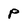
Character: p